Indian journal of veterinary science and animal husbandry - Volume 3,
Year: 1933
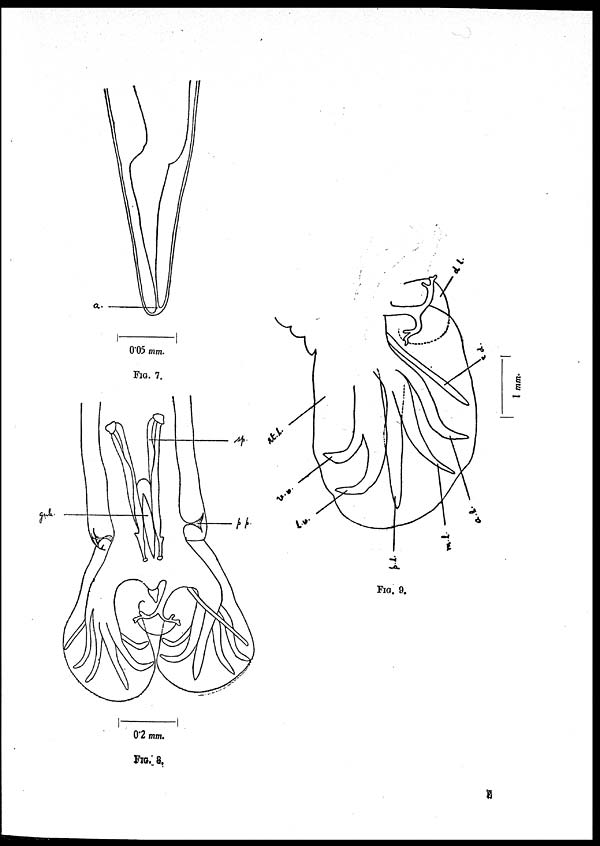
FIG. 7.
FIG. 8.
FIG. 9.
E